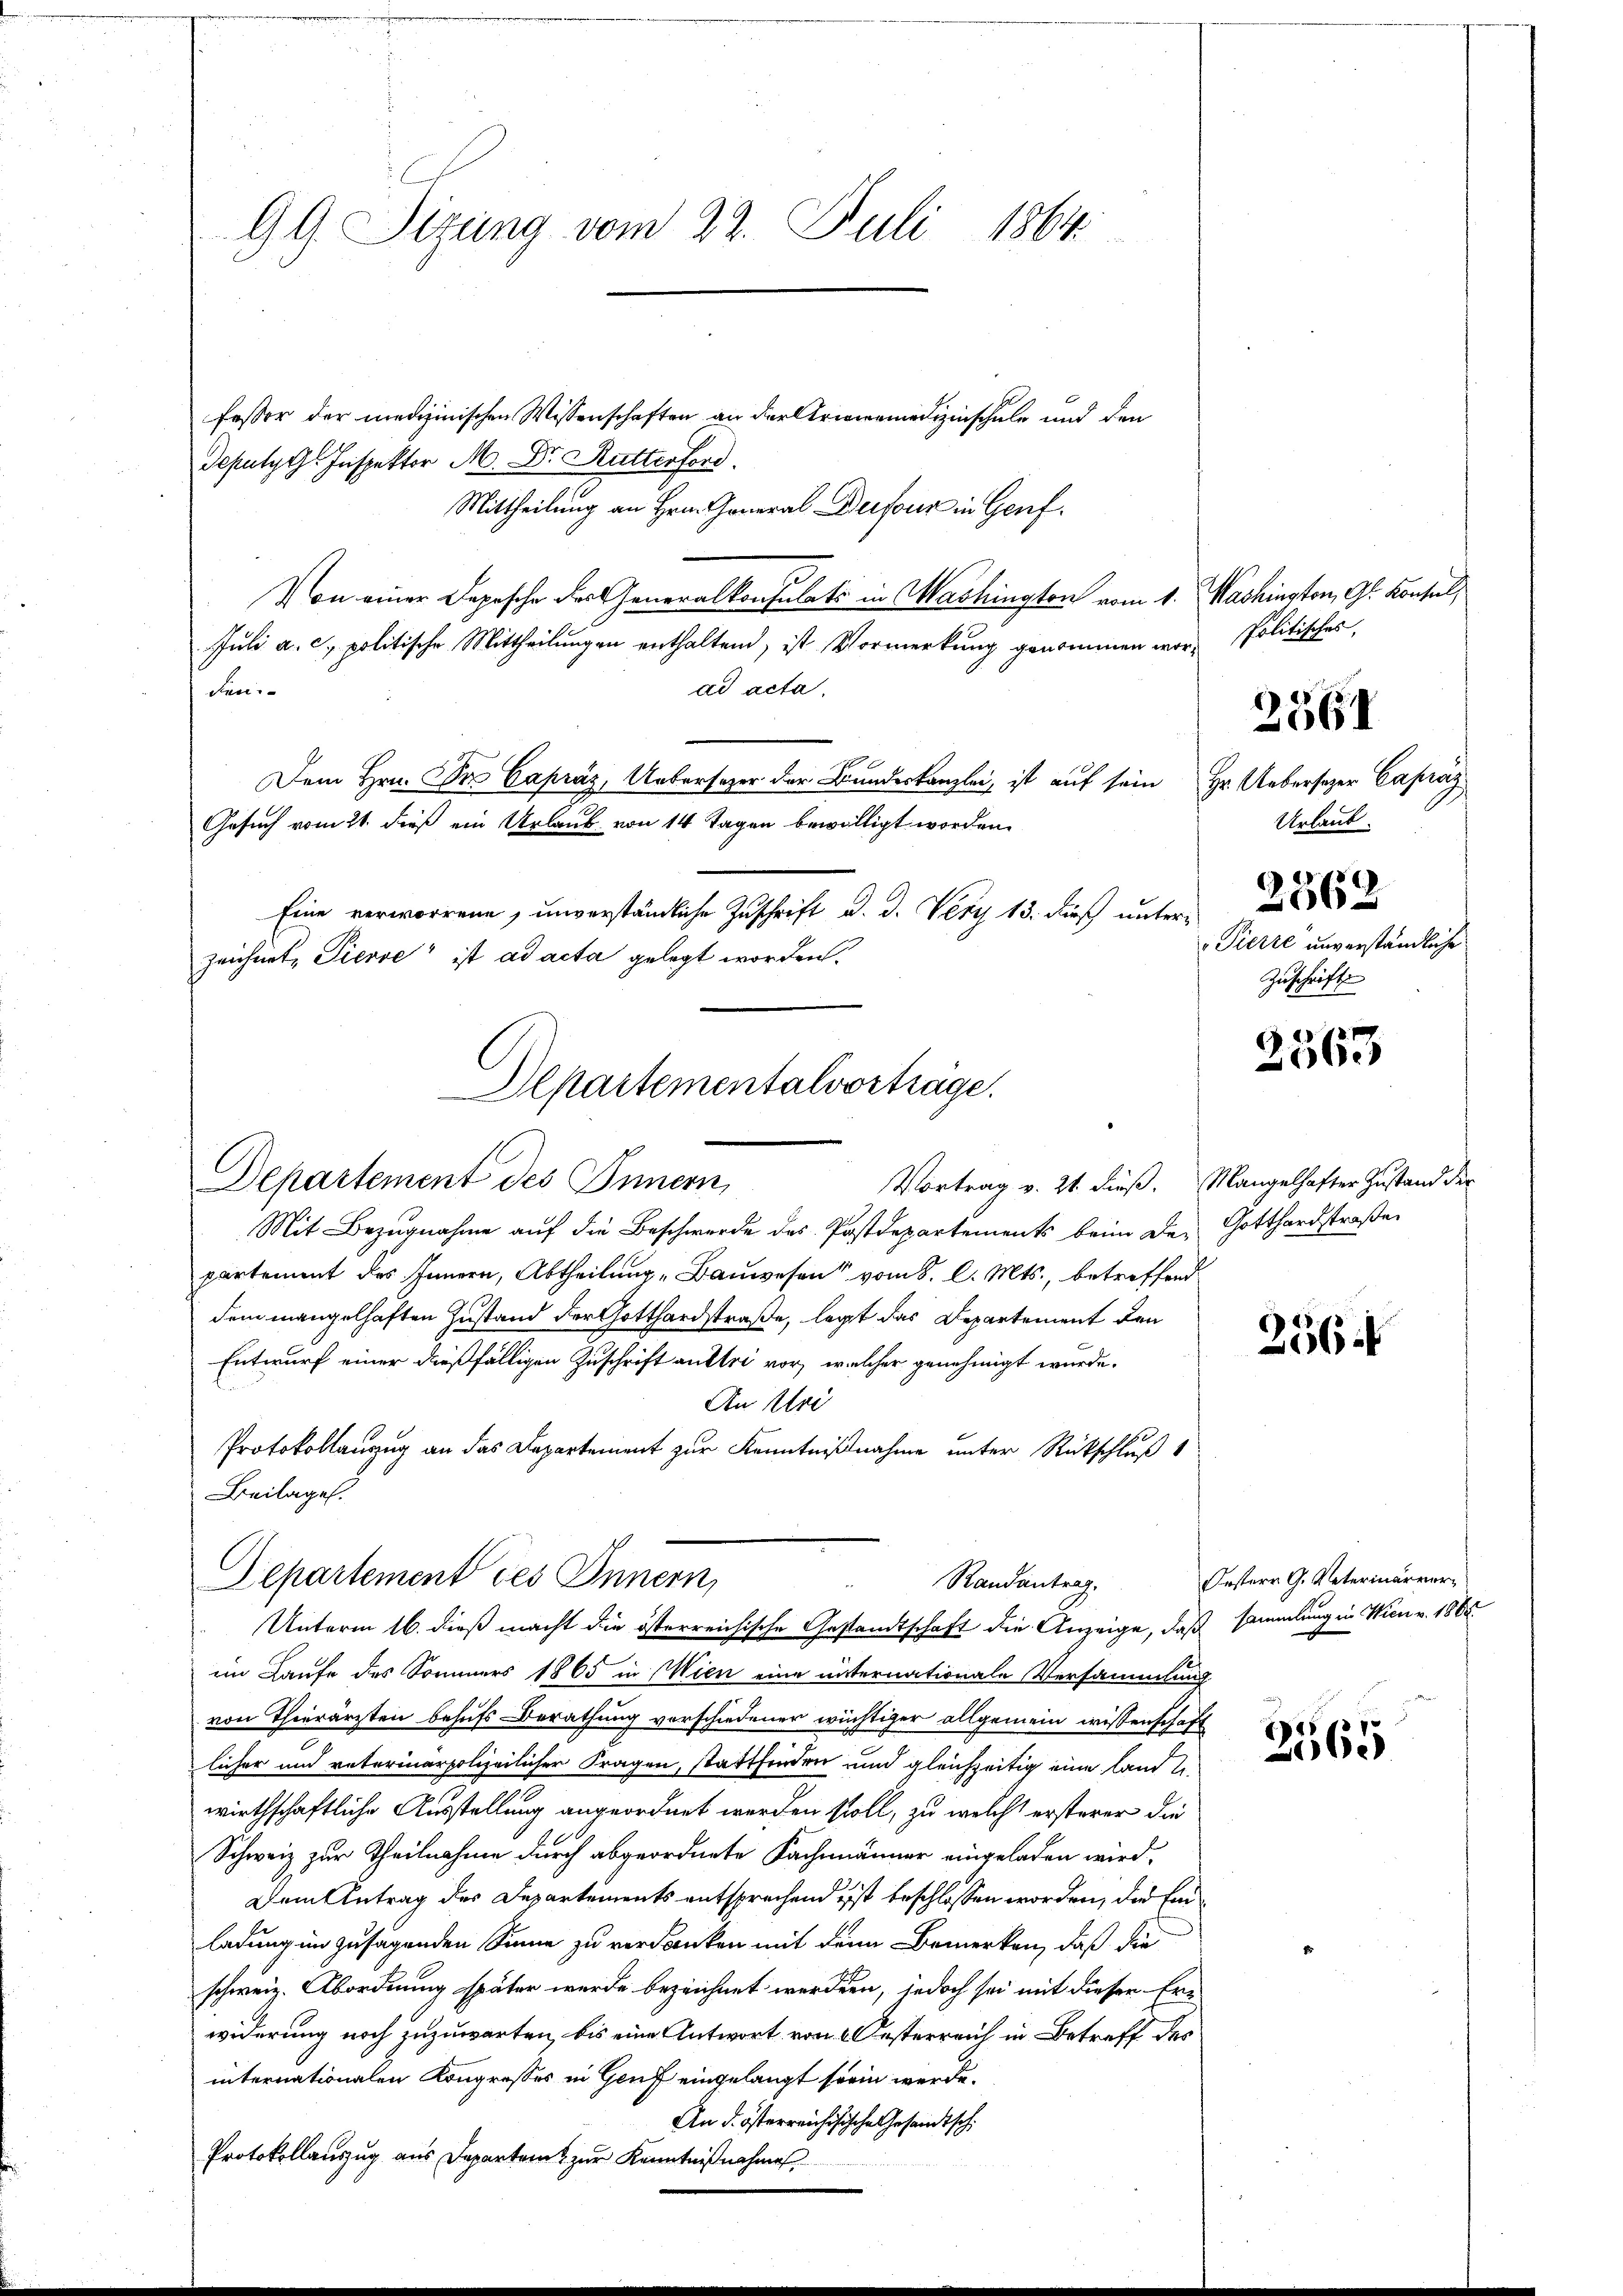
GG. Sizung vom 22. Juli 1864.

fessor der medizinischen Wissenschaften an der Armermedizinschule und den
Deputzt. Inspektor M. Dr. Rutterford
Mittheilung an Hrn. General Dufour in Genf.
Von einer Depesche des Generalkonsulats in Washington vom 1. Mashington, Gl. Konsul,
Juli a. c. politische Mittheilungen enthaltend, ist Vormerkung genommen wor- Politisches
ad acta.
den.
Dem Hrn. Dr. Capráz, Uebersezer der Bundeskanzlei, ist auf sein Hr. Uebersezer Capraz
Gesuch vom 21. dieß ein Urlaub von 14 Tagen bewilligt worden.
Eine verworrene, unverständliche Zuschrift d. d. Very 13. dieß unterzeichnet, Tierse ist ad acta gelegt worden.
Mit Bezŭgnahme aŭf die Beschwerde des Postdepartements beim der Gotthardstraβe
partement des Innern, Abtheilung „Bauwesen vom 8. l. Mts., betreffend
dem mangelhaften Zustand der Gotthardstraße, legt das Departement den
Entwurf einer dießfälligen Zuschrift anklei vor, welcher genehmigt wurde.
An Mei
Protokollauszug an das Departement zur Kenntnißnahme unter Rückschluß
Beilagen.
Departement des Innern,
Randantrag.
Unterm 16. dieß macht die österreichische Gestandtschaft die Anzeige, daß sammlung in Wien v. 1865
im Laufe des Sommers 1865 in Wien eine unternationale Versammlung
von Thierärzten behufs Berathung vorschiedener wüchtiger allgemein wissenschaft
licher und vaterinarpolizeilicher Fragen, stattfinden und gleichzeitig eine land t
wirthschaftliche Ausstellung angeordnet werden soll, zu welche ersterer die
Schweiz zur Theilnahme durch abgeordnete Fachmänner eingeladen wird.
Dem Antrag des Departements entsprechend ist beschlossen worden, der Leiladung im zusagenden Sinne zu verdanken mit dem Bemerken, daß die
schweiz. Abordnung später wurde bezeichnet werden, jedoch sei mit dieser Er-
widerung noch zuzuwarten, bis eine Antwort von 2 Oesterreich in Betreff des
internationalen Kongresses in Genf eingelangt sein werde.
An d. österreichisische Gesandtschi
Protokollauszug aus Departen zur Kenntnißnahme

Alpartementalvorträge.
Departement des Innern,

Urlaub.
2562
Pierre unverständliche
Zuschrift

2561

2563

Vortrag v. 21. dieß. Mangelhafter Zustand der

256.

Oesterr G. Vaterinärver¬

3
15
20.)